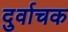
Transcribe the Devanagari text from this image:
दुर्वाचक